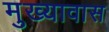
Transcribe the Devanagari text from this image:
मुख्यावास